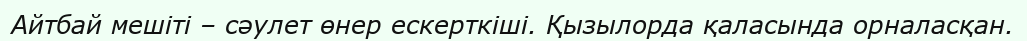
Айтбай мешіті – сәулет өнер ескерткіші. Қызылорда қаласында орналасқан.